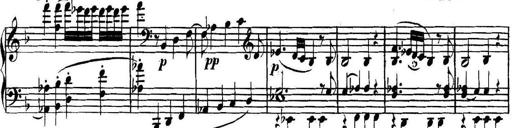
Title: Collected Piano Sonatas
Composer: Muzio Clementi